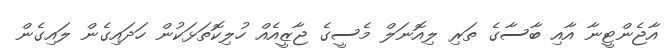
އާޖެންޓީނާ އާއި ބާސާގެ ތަރި ލިއޮނަލް މެސީގެ ޖާޒީއެއް ހުލިކޮތަޅަކުން ހަދައިގެން ލައިގެން